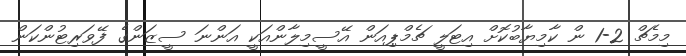
މިމެޗް 2-1 ން ކާމިޔާބުކޮށް އިޓަލީ ޗެމްޕިއަން އޭސީމިލާންއަކީ އަންނަ ސީޒަންގެ ފޭވަރިޓުންކަން